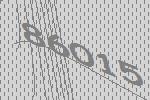
86015